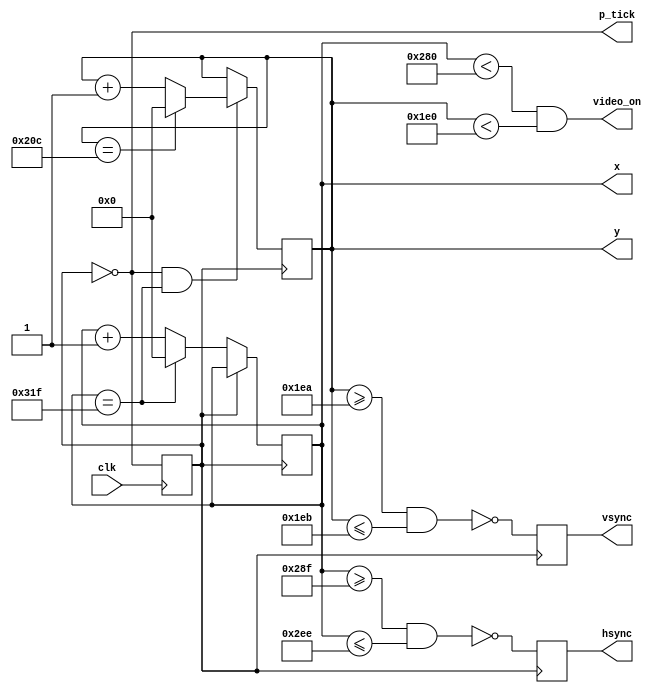
module vgasync(clk, hsync, vsync, video_on, p_tick, x, y);

	input wire clk;
	output wire hsync, vsync, video_on, p_tick;
	output wire [9:0] x, y;
	
	// Constant declarations for VGA sync parameters
	localparam H_DISPLAY = 640; // Horizontal Display Area
	localparam H_BACK_PORCH = 48; // Horizontal Back Porch
	localparam H_FRONT_PORCH = 16; // Horizontal Front Porch
	localparam H_SYNC_PULSE = 96; // Horizontal Sync Pulse
	localparam H_MAX = H_DISPLAY + H_BACK_PORCH + H_FRONT_PORCH + H_SYNC_PULSE - 1;
	localparam START_H_SYNC_PULSE = H_DISPLAY + H_FRONT_PORCH - 1;
	localparam END_H_SYNC_PULSE = H_DISPLAY + H_FRONT_PORCH + H_SYNC_PULSE - 2;

	localparam V_DISPLAY = 480; // Horizontal Display Area
	localparam V_BACK_PORCH = 33; // Horizontal Back Porch
	localparam V_FRONT_PORCH = 10; // Horizontal Front Porch
	localparam V_SYNC_PULSE = 2; // Horizontal Sync Pulse
	localparam V_MAX = V_DISPLAY + V_BACK_PORCH + V_FRONT_PORCH + V_SYNC_PULSE - 1;
	localparam START_V_SYNC_PULSE = V_DISPLAY + V_FRONT_PORCH;
	localparam END_V_SYNC_PULSE = V_DISPLAY + V_FRONT_PORCH + V_SYNC_PULSE - 1;

	// A Mod-2 Counter to generate 25MHz pixel tick from 50Mhz clock
	reg pixel_reg = 0;
	wire pixel_next, pixel_tick;

	always@(posedge clk)
		pixel_reg <= pixel_next;

	assign pixel_next = ~pixel_reg; // Next state will be the complement of current
	assign pixel_tick = (pixel_reg == 0); // Assert pixel tick half of the time
	
	// Registers to keep track of the current pixel location
	reg [9:0] h_count_reg, h_count_next, v_count_reg, v_count_next;
	initial
		begin
			h_count_reg = 0;
			h_count_next = 0;
			v_count_reg = 0;
			v_count_next = 0;
		end

	// Registers to keep track of VSYNC and HSYNC Signal States
	reg vsync_reg, hsync_reg;
	wire vsync_next, hsync_next;

	// Next-State logic of the HSYNC and VSYNC Counters
	always @*
		begin
			h_count_next = (pixel_tick ? ((h_count_reg == H_MAX) ? 0 : h_count_reg + 1) : h_count_reg);
			v_count_next = (pixel_tick && h_count_reg == H_MAX) ? (v_count_reg == V_MAX ? 0 : v_count_reg + 1) : v_count_reg;
		end

	// Infer the registers
	always @(posedge pixel_tick)
		begin
			v_count_reg <= v_count_next;
			h_count_reg <= h_count_next;
			vsync_reg <= vsync_next;
			hsync_reg <= hsync_next;
		end

	/* HSYNC and VSYNC are active LOW signals */
	
	// Assert HSYNC during HSYNC Pulse
	assign hsync_next = ~(h_count_reg >= START_H_SYNC_PULSE && h_count_reg <= END_H_SYNC_PULSE);

	// Assert VSYNC during VSYNC Pulse
	assign vsync_next = ~(v_count_reg >= START_V_SYNC_PULSE && v_count_reg <= END_V_SYNC_PULSE);

	// Video should be on only in display region
	assign video_on = (h_count_reg < H_DISPLAY) && (v_count_reg < V_DISPLAY);

	// Assign output signals
	assign hsync = hsync_reg;
	assign vsync = vsync_reg;
	assign x = h_count_reg;
	assign y = v_count_reg;
	assign p_tick = pixel_tick;
	//assign p_tick = clk;

endmodule